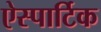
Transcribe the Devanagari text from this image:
ऐस्पार्टिक